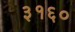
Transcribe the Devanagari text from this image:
३१६०